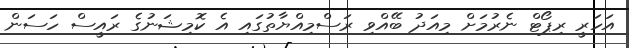
އަހަރީ ރިޕޯޓް ނެރުމަށް މިއަދު ބޭއްވި ރަސްމިއްޔާތުގައި އެ ކޮމިޝަނުގެ ރައީސް ހަސަން